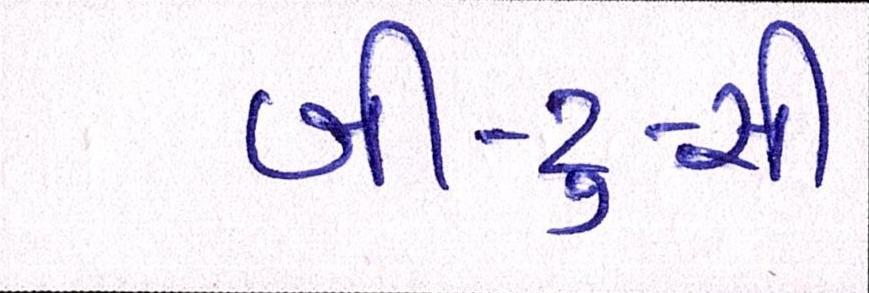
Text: બી-ટુ-સી